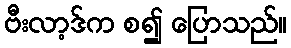
ဗီးလာ့ဒ်က စ၍ ပြောသည်။